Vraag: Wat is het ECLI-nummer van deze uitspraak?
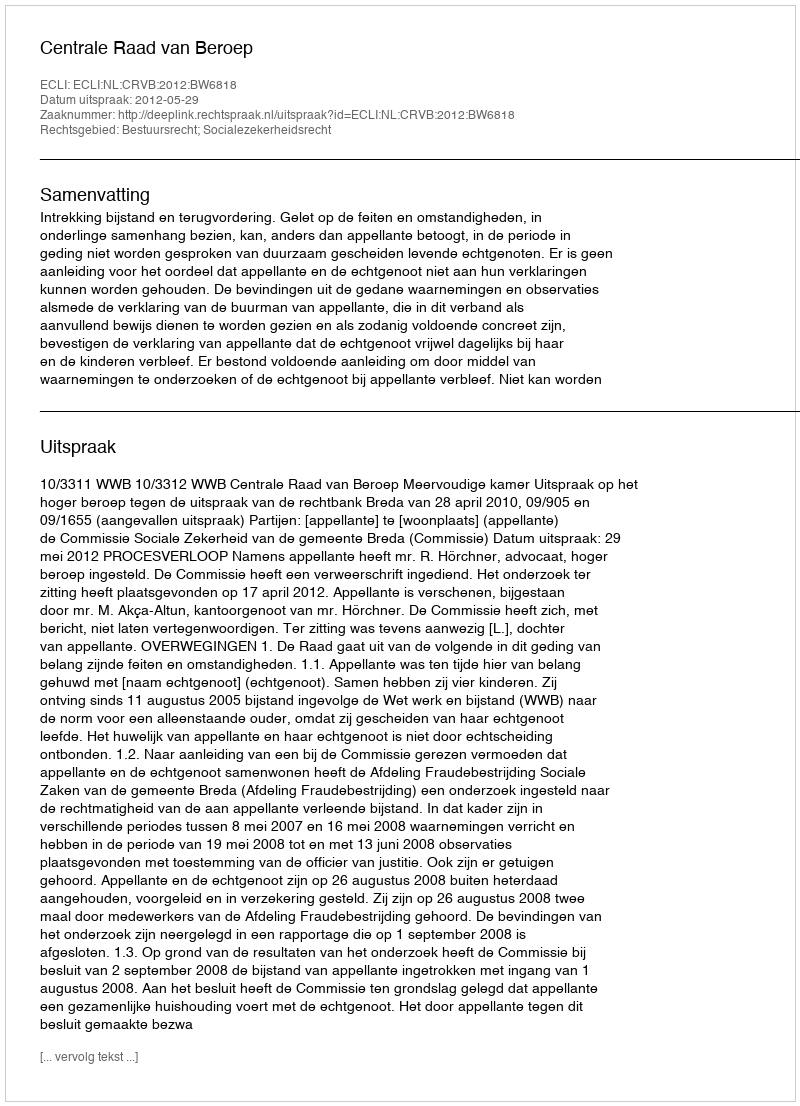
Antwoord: ECLI:NL:CRVB:2012:BW6818